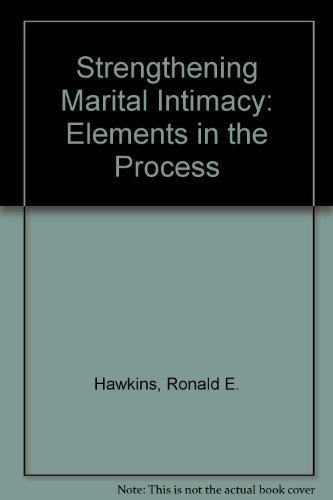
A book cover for Strengthening Marital Intimacy: Elements in the Process; Ronald E. Hawkins; Christian Books & Bibles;